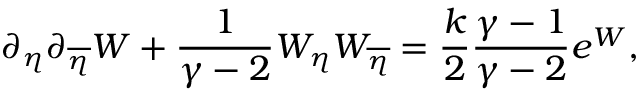
\partial _ { \eta } \partial _ { \overline { { { \eta } } } } W + { \frac { 1 } { \gamma - 2 } } W _ { \eta } W _ { \overline { { { \eta } } } } = { \frac { k } { 2 } } { \frac { \gamma - 1 } { \gamma - 2 } } e ^ { W } ,